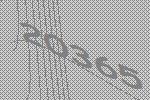
20365